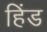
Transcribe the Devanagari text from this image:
हिंड